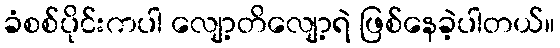
ခံစစ်ပိုင်းကပါ လျော့တိလျော့ရဲ ဖြစ်နေခဲ့ပါတယ်။